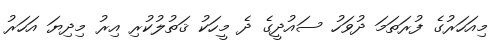
މިއަހަރުގެ ފުރަތަމަ ދުވަހު ސައުދީގެ ދެ މީހަކު ޤަތުލުކުރި އިރު މިދިޔަ އަހަރު